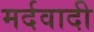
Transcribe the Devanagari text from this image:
मर्दवादी